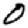
Digit: 0